Scientific memoirs by medical officers of the Army of India - Part XII,
Year: 1901
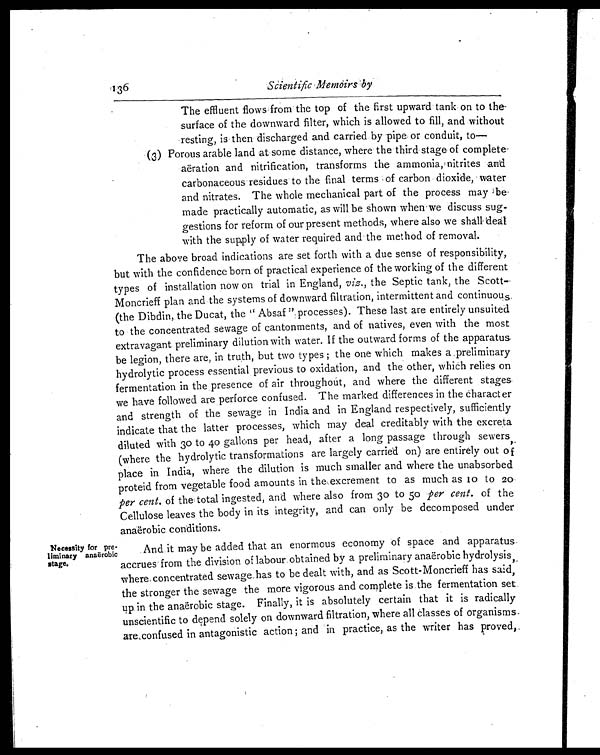
136
Scientific Memoirs by
The effluent flows from the top of the first upward tank on to the
surface of the downward filter, which is allowed to fill, and without
resting, is then discharged and carried by pipe or conduit, to—
(3) Porous arable land at some distance, where the third stage of complete-
aëration and nitrification, transforms the ammonia, nitrites and
carbonaceous residues to the final terms of carbon dioxide, water
and nitrates. The whole mechanical part of the process may
be made practically automatic, as will be shown when we discuss sug-
gestions for reform of our present methods, where also we shall deal
with the supply of water required and the method of removal.
The above broad indications are set forth with a due sense of responsibility,
but with the confidence born of practical experience of the working of the different
types of installation now on trial in England, viz., the Septic tank, the Scott-
Moncrieff plan and the systems of downward filtration, intermittent and continuous
(the Dibdin, the Ducat, the "Absaf " processes). These last are entirely unsuited
to the concentrated sewage of cantonments, and of natives, even with the most
extravagant preliminary dilution with water. If the outward forms of the apparatus
be legion, there are, in truth, but two types; the one which makes a preliminary
hydrolytic process essential previous to oxidation, and the other, which relies on
fermentation in the presence of air throughout, and where the different stages
we have followed are perforce confused. The marked differences in the character
and strength of the sewage in India and in England respectively, sufficiently
indicate that the latter processes, which may deal creditably with the excreta
diluted with 30 to 40 gallons per head, after a long passage through sewers,
(where the hydrolytic transformations are largely carried on) are entirely out of
place in India, where the dilution is much smaller and where the unabsorbed
proteid from vegetable food amounts in the excrement to as much as 10 to 20
per cent. of the total ingested, and where also from 30 to 50 per cent. of the
Cellulose leaves the body in its integrity, and can only be decomposed under
anaërobic conditions.
Necessity for pre-
- l i m i n a r y a n a ë r o b i c
stage.
And, it may be added that an enormous economy of space and apparatus
accrues from the division of labour obtained by a preliminary anaërobic hydrolysis,
where concentrated sewage has to be dealt with, and as Scott-Moncrieff has said,
the stronger the sewage the more vigorous and complete is the fermentation set
up in the anaërobic stage. Finally, it is absolutely certain that it is radically
unscientific to depend solely on downward filtration, where all classes of organisms
are confused in antagonistic action; and in practice, as the writer has proved,